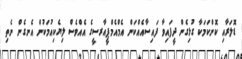
ޑޮލަރާއި ކޮންކަމަކާ ގުޅިގެން ދީފައިވާ ފައިސާއެއްކަން އެމްއެމްޕީއާރސީގެ އެއްވެސް ލިޔެކިއުމަކުން އެނގެން ނެތި